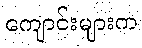
ကျောင်းများက